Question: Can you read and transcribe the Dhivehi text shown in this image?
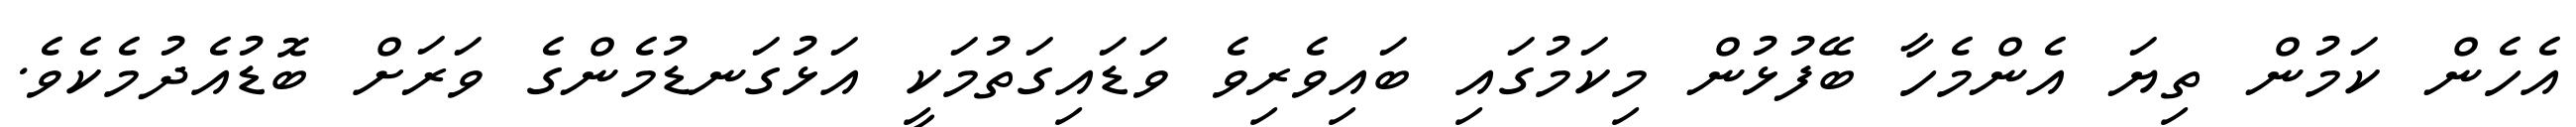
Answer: އެހެން ކަމުން ތިޔަ އެންމެހާ ބޭފުޅުން މިކަމުގައި ބައިވެރިވެ ވަޑައިގަތުމަކީ އަޅުގަނޑުމެންގެ ވަރަށް ބޮޑުއެދުމެކެވެ.